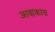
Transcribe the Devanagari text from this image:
आवाकाच